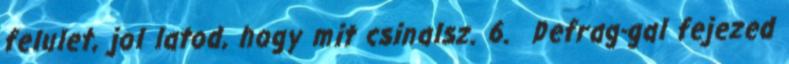
felulet, jol latod, hogy mit csinalsz. 6. Defrag-gal fejezed